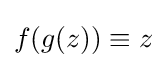
f(g(z))\equiv z